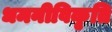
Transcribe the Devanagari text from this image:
धमनीविकृति